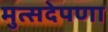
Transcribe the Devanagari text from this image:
मुत्सदेपणा